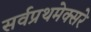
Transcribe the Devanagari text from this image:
सर्वप्रथमेक्सरे